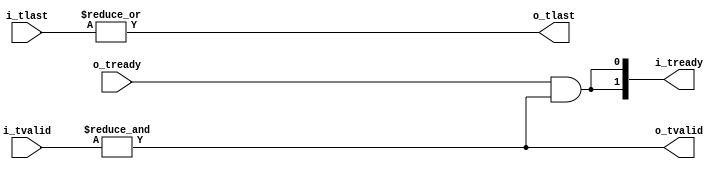


// Copyright 2014 Ettus Research
// Copyright 2018 Ettus Research, a National Instruments Company
//
// SPDX-License-Identifier: LGPL-3.0-or-later

module axi_join
  #(parameter INPUTS=2)
  (input [INPUTS-1:0] i_tlast, input [INPUTS-1:0] i_tvalid, output [INPUTS-1:0] i_tready,
   output o_tlast, output o_tvalid, input o_tready);

   wire   all_here = &i_tvalid;
   assign o_tvalid = all_here;
   assign o_tlast = |i_tlast;
   assign i_tready = {INPUTS{o_tready & all_here}};
   
endmodule // axi_join